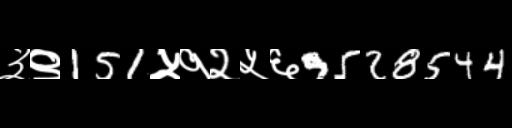
Text: ३९151५१२५६9528544